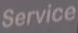
Service